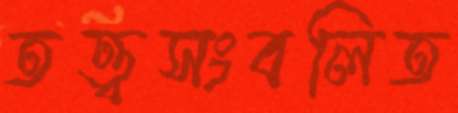
তত্ত্বসংবলিত